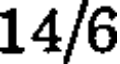
14/6